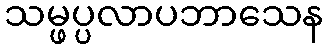
သမ္ဖပ္ပလာပဘာသေန